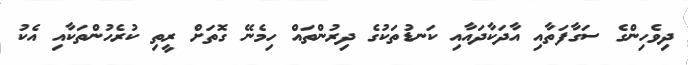
ދިވެހިންގެ ސަގާފަތާއި އާދަކާދައާއި ކަނޑުތަކުގެ ދިރުންތައް ހިމެނޭ ގޮތަށް ރީތި ކުރެހުންތަކާއި އެކު